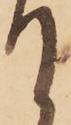
て